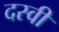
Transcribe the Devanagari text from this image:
दस्वीं